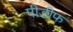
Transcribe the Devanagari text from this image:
पीडीफ